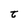
Character: t